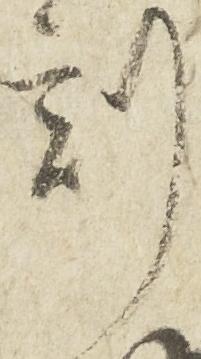
刻